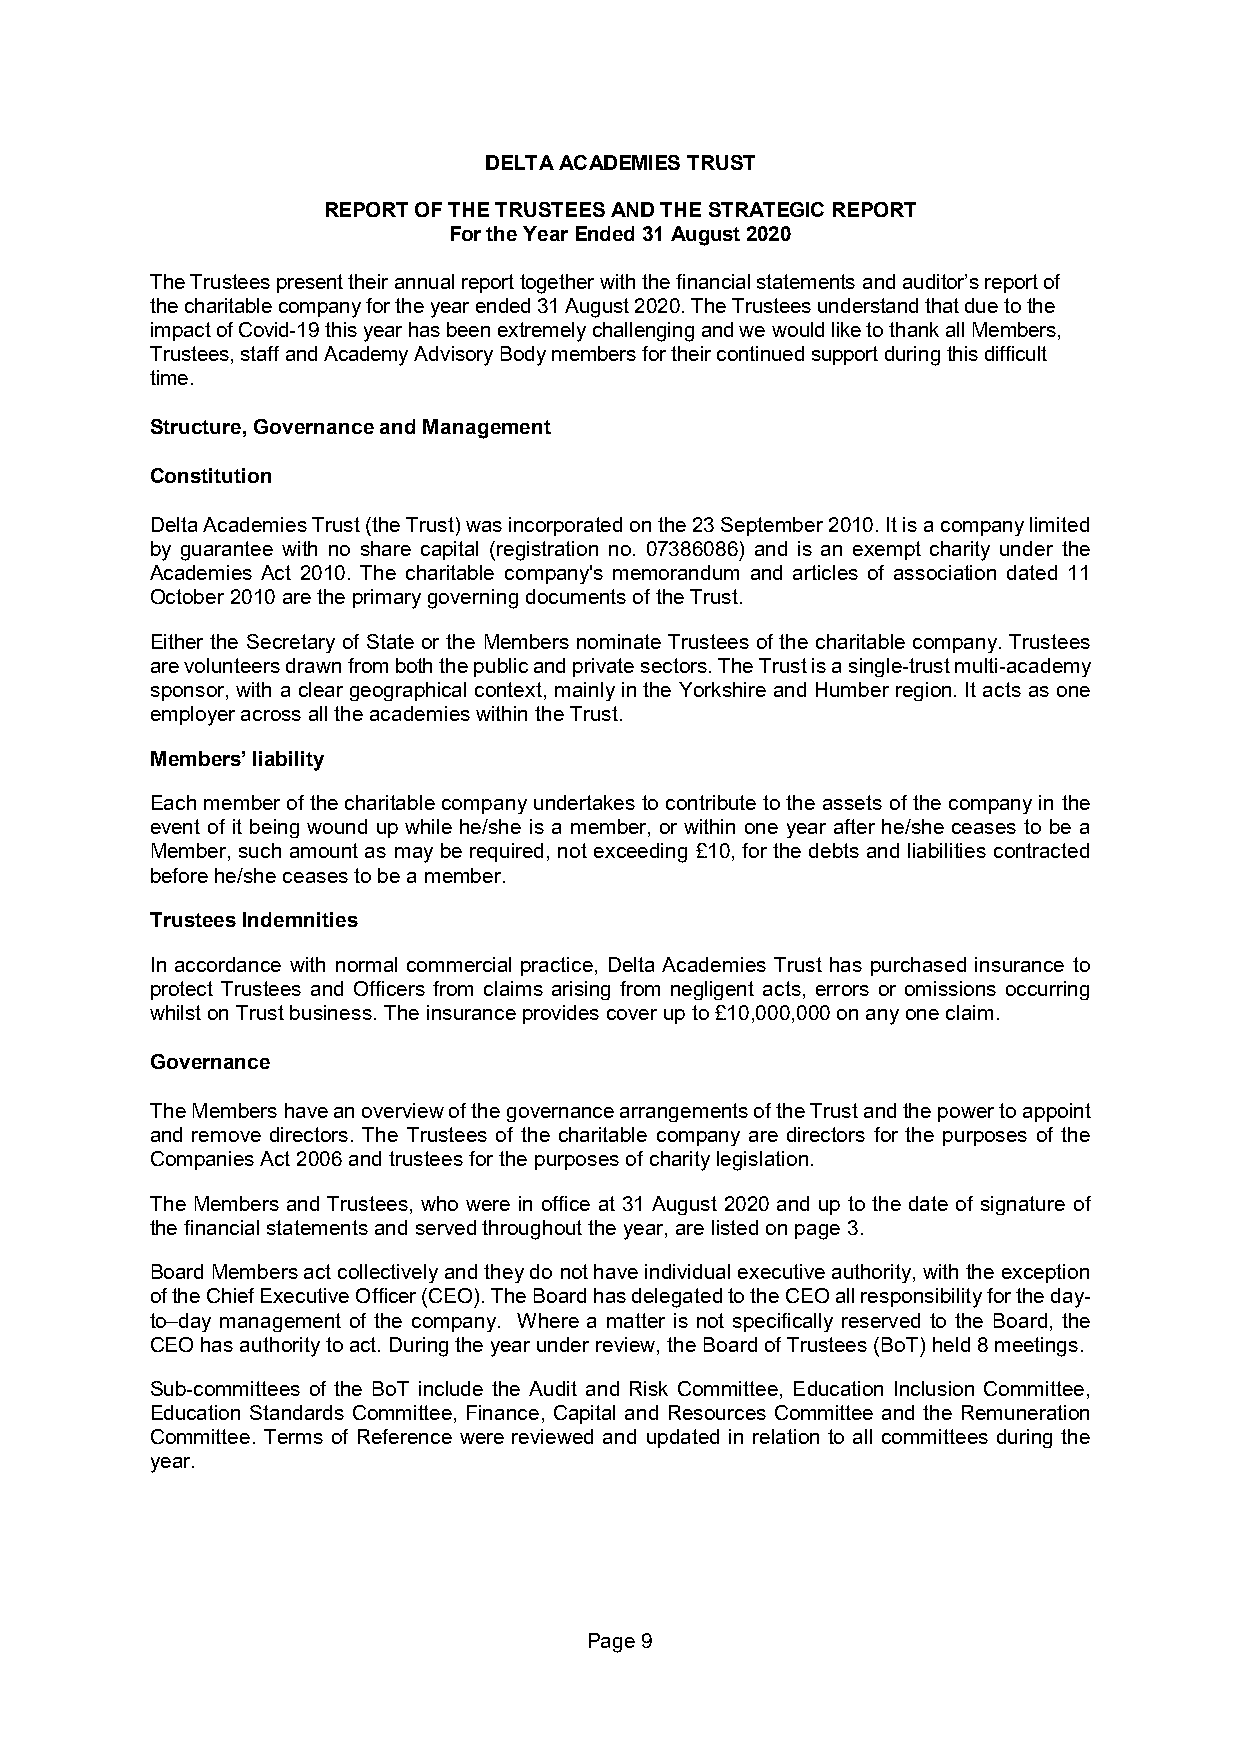
DELTA ACADEMIES TRUST
 REPORT OF THE TRUSTEES AND THE STRATEGIC REPORT
 For the Year Ended 31 August 2020
 The Trustees present their annual report together with the financial statements and auditor’s report of
 the charitable company for the year ended 31 August 2020. The Trustees understand that due to the
 impact of Covid-19 this year has been extremely challenging and we would like to thank all Members,
 Trustees, staff and Academy Advisory Body members for their continued support during this difficult
 time.
 Structure, Governance and Management
 Constitution
 Delta Academies Trust (the Trust) was incorporated on the 23 September 2010. It is a company limited
 by guarantee with no share capital (registration no. 07386086) and is an exempt charity under the
 Academies Act 2010. The charitable company's memorandum and articles of association dated 11
 October 2010 are the primary governing documents of the Trust.
 Either the Secretary of State or the Members nominate Trustees of the charitable company. Trustees
 are volunteers drawn from both the public and private sectors. The Trust is a single-trust multi-academy
 sponsor, with a clear geographical context, mainly in the Yorkshire and Humber region. It acts as one
 employer across all the academies within the Trust.
 Members’ liability
 Each member of the charitable company undertakes to contribute to the assets of the company in the
 event of it being wound up while he/she is a member, or within one year after he/she ceases to be a
 Member, such amount as may be required, not exceeding £10, for the debts and liabilities contracted
 before he/she ceases to be a member.
 Trustees Indemnities
 In accordance with normal commercial practice, Delta Academies Trust has purchased insurance to
 protect Trustees and Officers from claims arising from negligent acts, errors or omissions occurring
 whilst on Trust business. The insurance provides cover up to £10,000,000 on any one claim.
 Governance
 The Members have an overview of the governance arrangements of the Trust and the power to appoint
 and remove directors. The Trustees of the charitable company are directors for the purposes of the
 Companies Act 2006 and trustees for the purposes of charity legislation.
 The Members and Trustees, who were in office at 31 August 2020 and up to the date of signature of
 the financial statements and served throughout the year, are listed on page 3.
 Board Members act collectively and they do not have individual executive authority, with the exception
 of the Chief Executive Officer (CEO). The Board has delegated to the CEO all responsibility for the day-
 to–day management of the company. Where a matter is not specifically reserved to the Board, the
 CEO has authority to act. During the year under review, the Board of Trustees (BoT) held 8 meetings.
 Sub-committees of the BoT include the Audit and Risk Committee, Education Inclusion Committee,
 Education Standards Committee, Finance, Capital and Resources Committee and the Remuneration
 Committee. Terms of Reference were reviewed and updated in relation to all committees during the
 year.
 Page 9